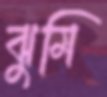
ঝুমি